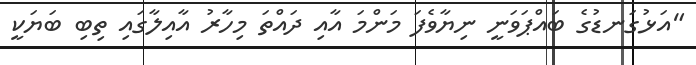
"އަޅުގަނޑުގެ ބައްޕަވަނީ ނިޔާވެފަ މަންމަ އާއި ދައްތަ މިހާރު އާއިލާގައި ތިބި ބަޔަކީ